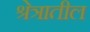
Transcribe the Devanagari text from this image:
श्रेत्रातील